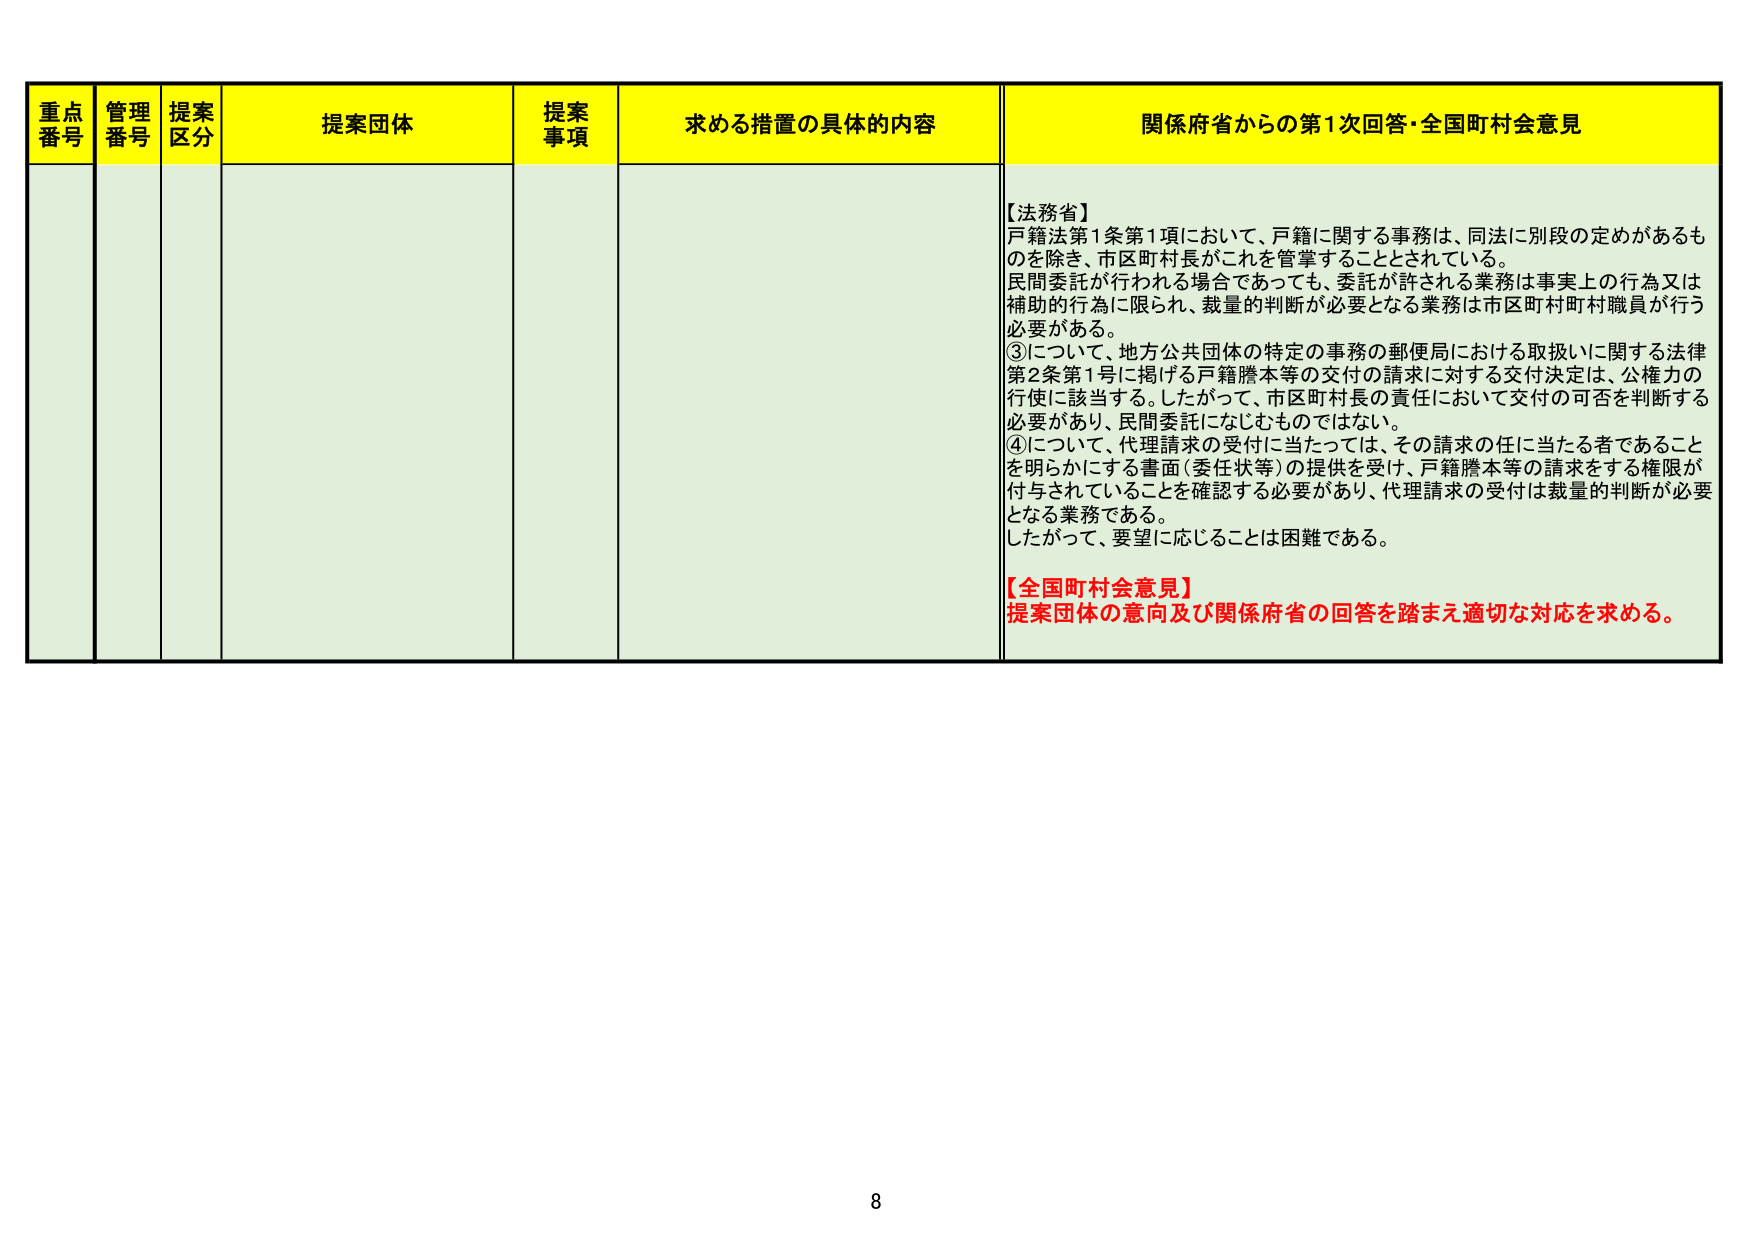
重点番号 管理番号 提案区分 提案団体 提案事項 求める措置の具体的内容 関係府省からの第1次回答・全国町村会意見

【法務省】
戸籍法第1条第1項において、戸籍に関する事務は、同法に別段の定めがあるものを除き、市区町村長がこれを管掌することとされている。
民間委託が行われる場合であっても、委託が許される業務は事実上の行為又は補助的行為に限られ、裁量的判断が必要となる業務は市区町村町村職員が行う必要がある。
③について、地方公共団体の特定の事務の郵便局における取扱いに関する法律第2条第1号に掲げる戸籍謄本等の交付の請求に対する交付決定は、公権力の行使に該当する。したがって、市区町村長の責任において交付の可否を判断する必要があり、民間委託になじむものではない。
④について、代理請求の受付に当たっては、その請求の任に当たる者であることを明らかにする書面（委任状等）の提供を受け、戸籍謄本等の請求をする権限が付与されていることを確認する必要があり、代理請求の受付は裁量的判断が必要となる業務である。
したがって、要望に応じることは困難である。

【全国町村会意見】
提案団体の意向及び関係府省の回答を踏まえ適切な対応を求める。

8